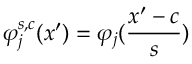
\varphi _ { j } ^ { s , c } ( x ^ { \prime } ) = \varphi _ { j } ( \frac { x ^ { \prime } - c } { s } )